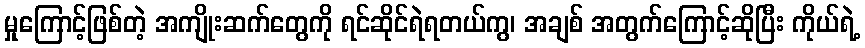
မှုကြောင့်ဖြစ်တဲ့ အကျိုးဆက်တွေကို ရင်ဆိုင်ရဲရတယ်ကွ၊ အချစ် အတွက်ကြောင့်ဆိုပြီး ကိုယ်ရဲ့